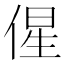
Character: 𬾰